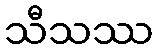
သီသဿ